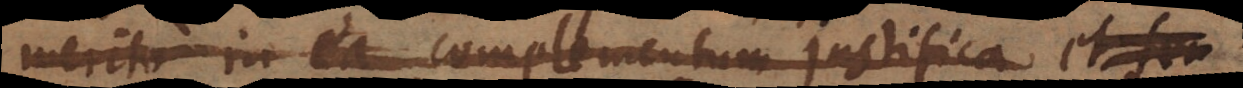
merito in ea complementum justifica et